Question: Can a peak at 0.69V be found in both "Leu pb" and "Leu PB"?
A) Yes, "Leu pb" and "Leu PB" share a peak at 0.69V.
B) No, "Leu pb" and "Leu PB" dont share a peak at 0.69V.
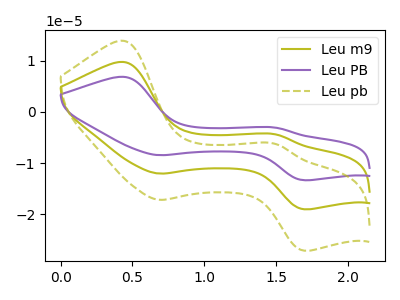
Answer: <think>The olive curve "Leu m9" has anodic peaks at (0.45V, 9.75uA) (1.50V, -4.40uA) and cathodic peaks at (0.70V, -12.05uA) (1.70V, -19.00uA). The purple curve "Leu PB" has anodic peaks at (0.45V, 19.45uA) (1.50V, -8.80uA) and cathodic peaks at (0.70V, -24.10uA) (1.70V, -38.05uA). The olive dashed curve "Leu pb" has anodic peaks at (0.45V, 13.85uA) (1.50V, -6.25uA) and cathodic peaks at (0.70V, -17.15uA) (1.70V, -27.10uA).</think>
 <answer>A) Yes, "Leu pb" and "Leu PB" share a peak at 0.69V.</answer>
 <eval>A</eval>